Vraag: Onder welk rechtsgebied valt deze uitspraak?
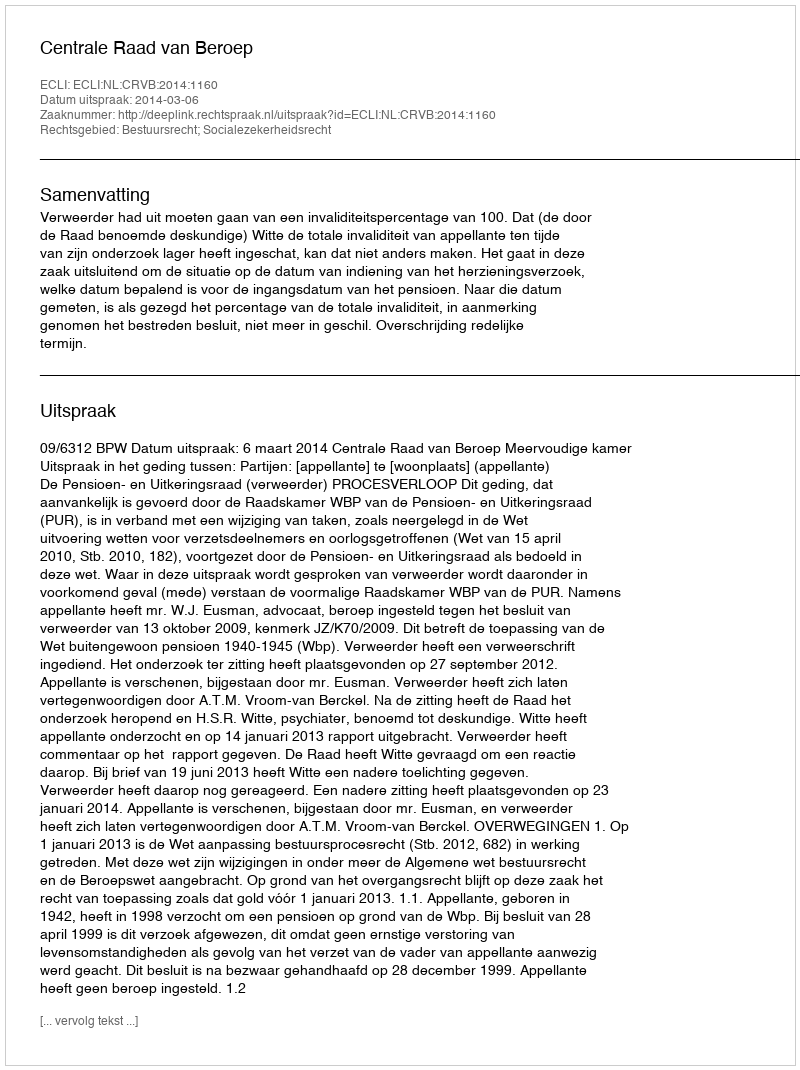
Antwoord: Bestuursrecht; Socialezekerheidsrecht